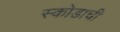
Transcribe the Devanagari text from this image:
स्कोडाची